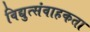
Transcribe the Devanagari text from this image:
विद्युत्संवाहकता